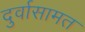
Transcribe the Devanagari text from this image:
दुर्वासामत